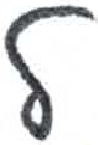
אות: ל